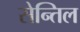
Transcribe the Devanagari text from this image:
सेन्तिल